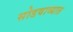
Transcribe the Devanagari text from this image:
सोडवाव्यात